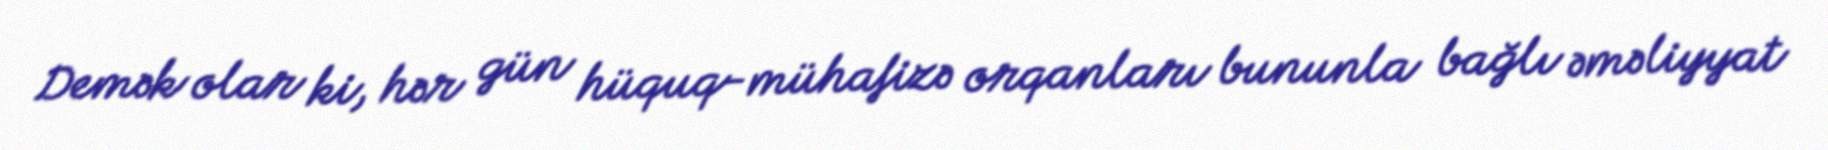
Demək olar ki, hər gün hüquq-mühafizə orqanları bununla bağlı əməliyyat